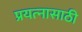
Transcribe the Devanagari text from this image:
प्रयत्‍नासाठी